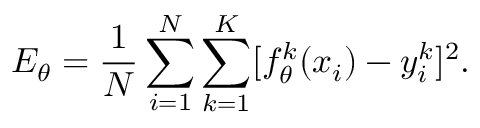
E _ { \theta } = \frac { 1 } { N } \sum _ { i = 1 } ^ { N } \sum _ { k = 1 } ^ { K } [ f _ { \theta } ^ { k } ( x _ { i } ) - y _ { i } ^ { k } ] ^ { 2 } { \mathrm { . } }